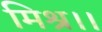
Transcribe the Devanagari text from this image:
मिश्र।।